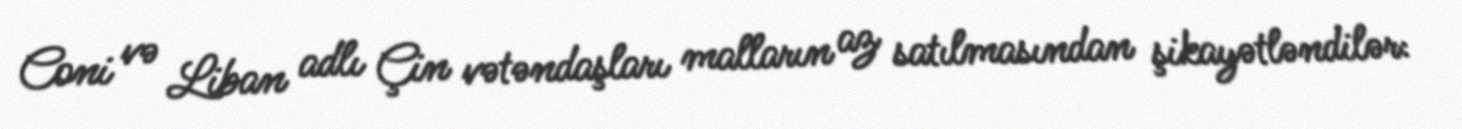
Coni və Liban adlı Çin vətəndaşları malların az satılmasından şikayətləndilər: